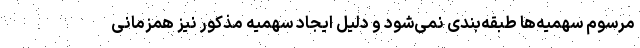
مرسوم سهمیه‌ها طبقه‌بندی نمی‌شود و دلیل ایجاد سهمیه مذکور نیز همزمانی